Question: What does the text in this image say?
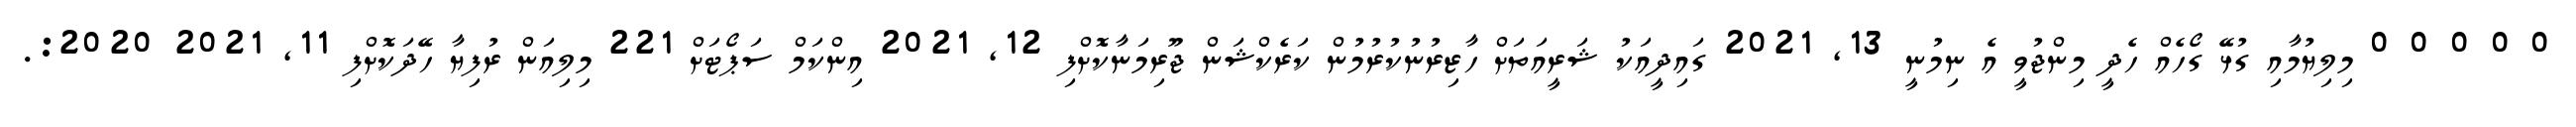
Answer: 0 0 0 0 0 މިލިޔުމާއި ގުޅޭ ގޯހެއް ހެދީ މިންޖުވީ އެ ނިމުނީ 13, 2021 ގައިދީއަކު ޝަރީއަތަށް ހާޒިރުނުކުރުމުން ކަރެކްޝަން ޖޫރިމަނާކޮށްފި 12, 2021 އިންކަމް ސަޕޯޓަށް 221 މިލިއަން ރުފިޔާ ހޭދަކޮށްފި 11, 2021 2020:.